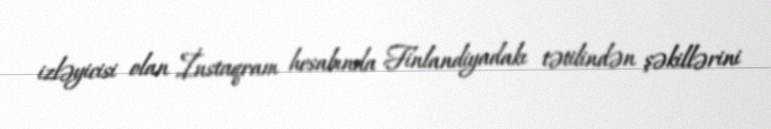
izləyicisi olan İnstaqram hesabında Finlandiyadakı tətilindən şəkillərini